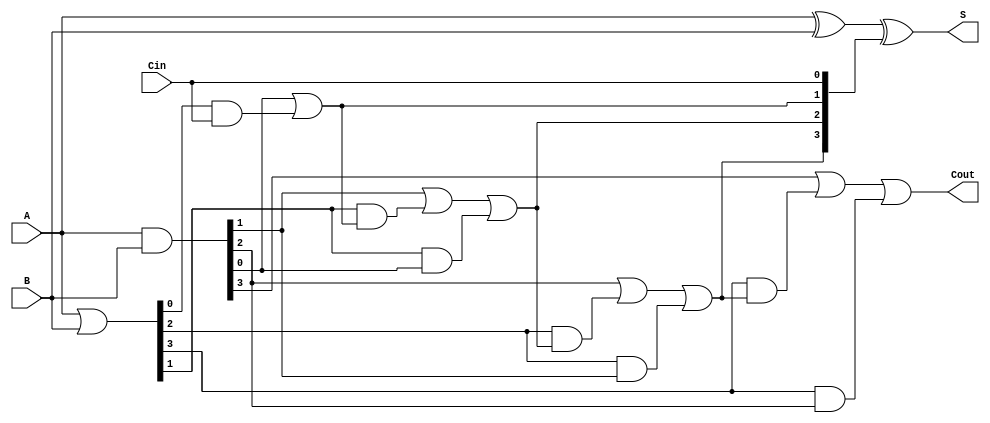
module carry_lookahead_adder #(
    parameter N = 4 // Parameter for n-bit adder
)(
    input [N-1:0] A,     // First n-bit input
    input [N-1:0] B,     // Second n-bit input
    input Cin,           // Carry-in bit
    output [N-1:0] S,    // Sum output
    output Cout          // Carry-out bit
);

    // Generate and Propagate signals
    wire [N-1:0] G; // Generate
    wire [N-1:0] P; // Propagate
    wire [N:0] C;   // Carry (C[0] = Cin)

    // Generate and Propagate calculation
    assign G = A & B;           // Gi = Ai AND Bi
    assign P = A | B;           // Pi = Ai OR Bi

    // Carry calculation
    assign C[0] = Cin;          // C0 = Cin
    genvar i;
    generate
        for (i = 0; i < N; i = i + 1) begin : carry_generation
            if (i == 0) begin
                assign C[i+1] = G[i] | (P[i] & C[i]); // C1 = G0 OR (P0 AND C0)
            end else begin
                assign C[i+1] = G[i] | (P[i] & C[i]) | (P[i] & G[i-1]); // Carry calculation for i > 0
                // More terms can be added to cover higher levels of carry propagation for larger N
            end
        end
    endgenerate

    // Sum output calculation
    assign S = A ^ B ^ C[N-1:0]; // Si = Ai XOR Bi XOR Ci

    // Carry out
    assign Cout = C[N];

endmodule